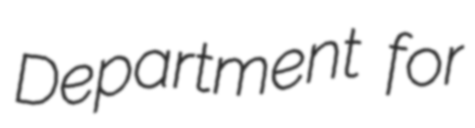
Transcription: Department for